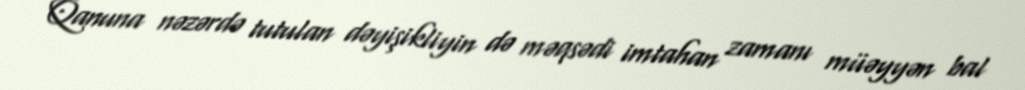
Qanuna nəzərdə tutulan dəyişikliyin də məqsədi imtahan zamanı müəyyən bal